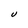
Character: U